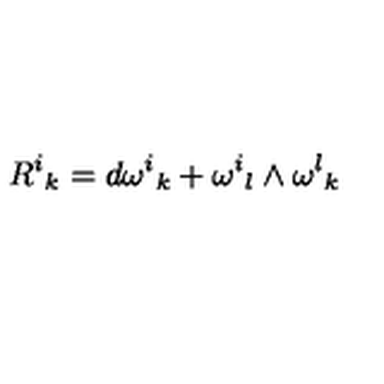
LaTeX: { { R } ^ { i } } _ { k } = d { { \omega } ^ { i } } _ { k } + { { \omega } ^ { i } } _ { l } \wedge { { \omega } ^ { l } } _ { k }